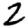
Digit: 2